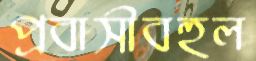
প্রবাসীবহুল